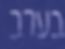
בערב